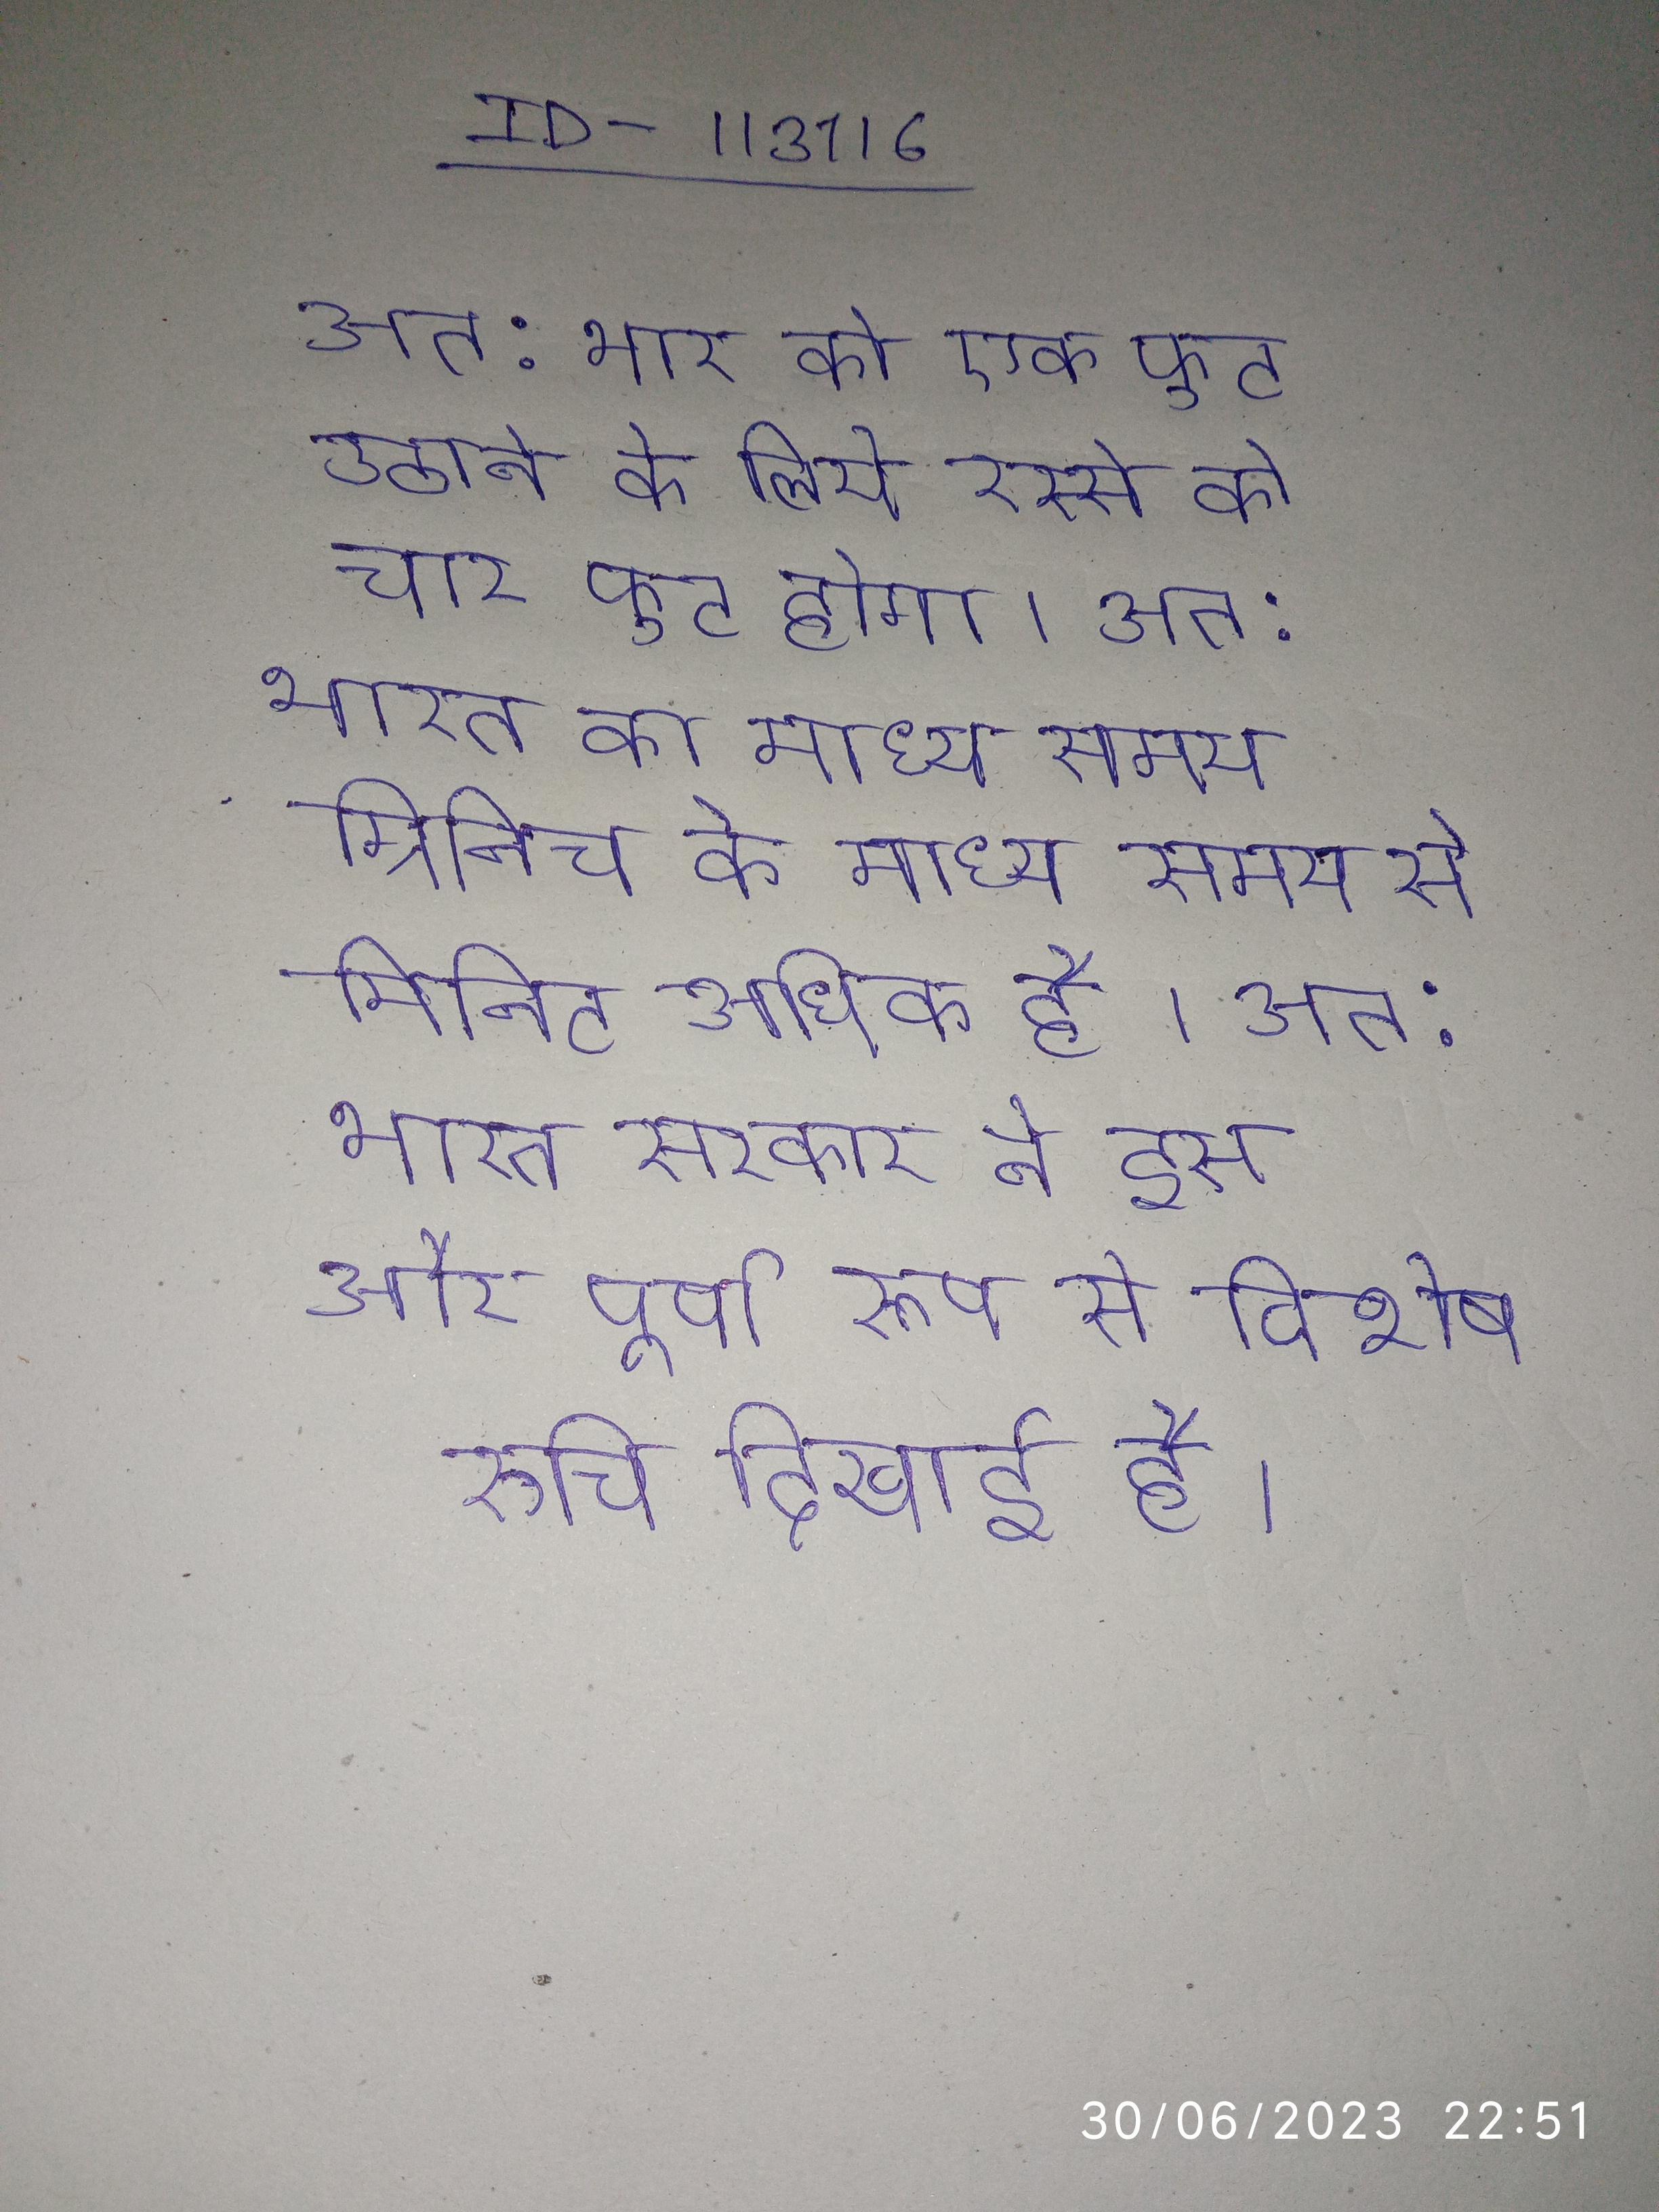
अत: भार को एक फुट उठाने के लिये रस्से को चार फुट होगा । अत: भारत का माध्य समय ग्रिनिच के माध्य समय से मिनिट अधिक है । अत: भारत सरकार ने इस और पूर्ण रूप से विशेष रुचि दिखाई है ।